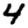
Digit: 4